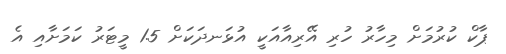
ޕާކް ކުރުމަށް މިހާރު ހުރި އޭރިއާއަކީ އުޅަނދަކަށް 1.5 މީޓަރު ކަމަށާއި އެ